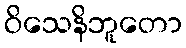
ဝိသေနိဘူတော